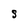
Character: S